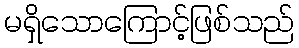
မရှိသောကြောင့်ဖြစ်သည်